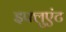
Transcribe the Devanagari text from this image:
इफ्लुएंट